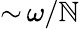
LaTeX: {\sim}\, \omega/\mathbb{N}